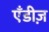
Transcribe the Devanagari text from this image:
एँडीज़